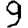
Digit: 9